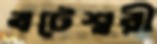
বটেশ্বরী